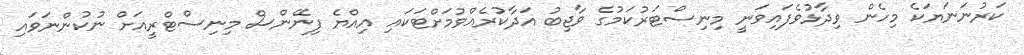
ކަރުނަނަޔަކެ މިހެން ވިދާޅުވެފައިވަނީ މިނިސްޓަރުކަމުގެ ވާޖިބު އަދާކުރެއްވުމަށްޓަކައި އިއްޔެ ފިނޭންސް މިނިސްޓްރީއަށް ނުކުންނަވައި